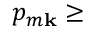
p _ { m \mathbf { k } } \ge